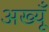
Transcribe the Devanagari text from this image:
अख्यूँ